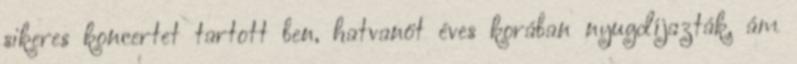
sikeres koncertet tartott ben, hatvanöt éves korában nyugdíjazták, ám